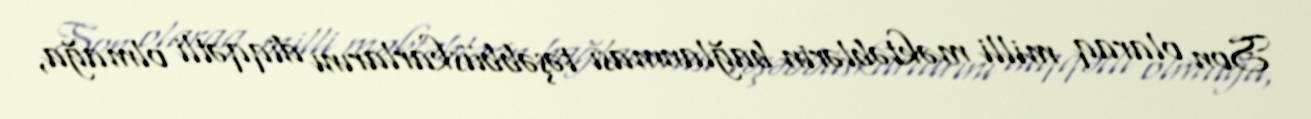
Son olaraq milli məktəblərin bağlanması təşəbbüskarlarını diqqətli olmağa,